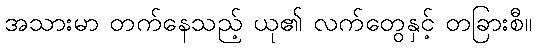
အသားမာ တက်နေသည့် ယု၏ လက်တွေနှင့် တခြားစီ။